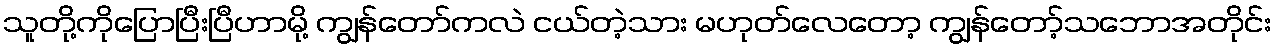
သူတို့ကိုပြောပြီးပြီဟာမို့ ကျွန်တော်ကလဲ ငယ်တဲ့သား မဟုတ်လေတော့ ကျွန်တော့်သဘောအတိုင်း